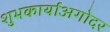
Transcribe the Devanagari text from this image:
शुभकार्याअगोदर